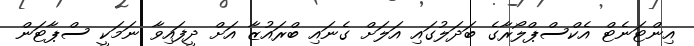
އިންޓަނެޓް އެކްސްޕްލޯރާގެ ބަދަލުގައި އަލަށް ގެނައި ބްރައުޒާ އަށް ދީފައިވާ ނަމަކީ ސްޕާޓަން